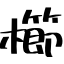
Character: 櫛